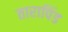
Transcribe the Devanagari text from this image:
तारापिंड